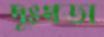
দুঃখডা